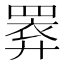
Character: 𢍧